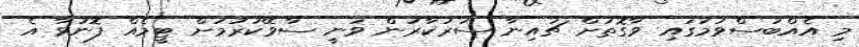
މި އެއްބަސްވުމުގައި ވާގޮތަށް ޗައިނާ ސަރުކާރުން ވަނީ ސާވޭކުރުމަށް ޓީމެއް ފޮނުވާ އެ